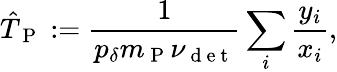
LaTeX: \hat{T}_{\mathrm{~P~}}:=\frac{1}{p_{\delta}m_{\mathrm{~P~}}\nu_{\mathrm{~d~e~t~}}}\sum_{i}\frac{y_{i}}{x_{i}},